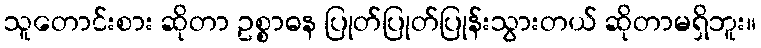
သူတောင်းစား ဆိုတာ ဥစ္စာဓန ပြုတ်ပြုတ်ပြုန်းသွားတယ် ဆိုတာမရှိဘူး။